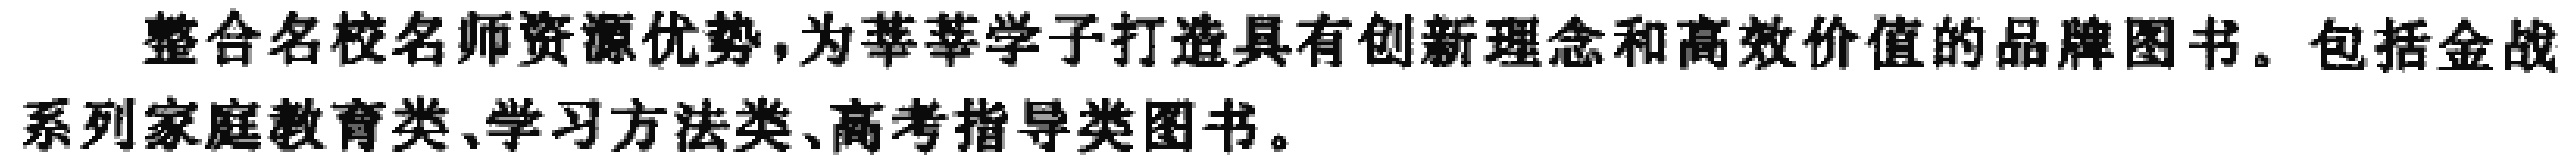
整合名校名师资源优势，为莘莘学子打造具有创新理念和高效价值的品牌图书。包括金战系列家庭教育类、学习方法类、高考指导类图书。